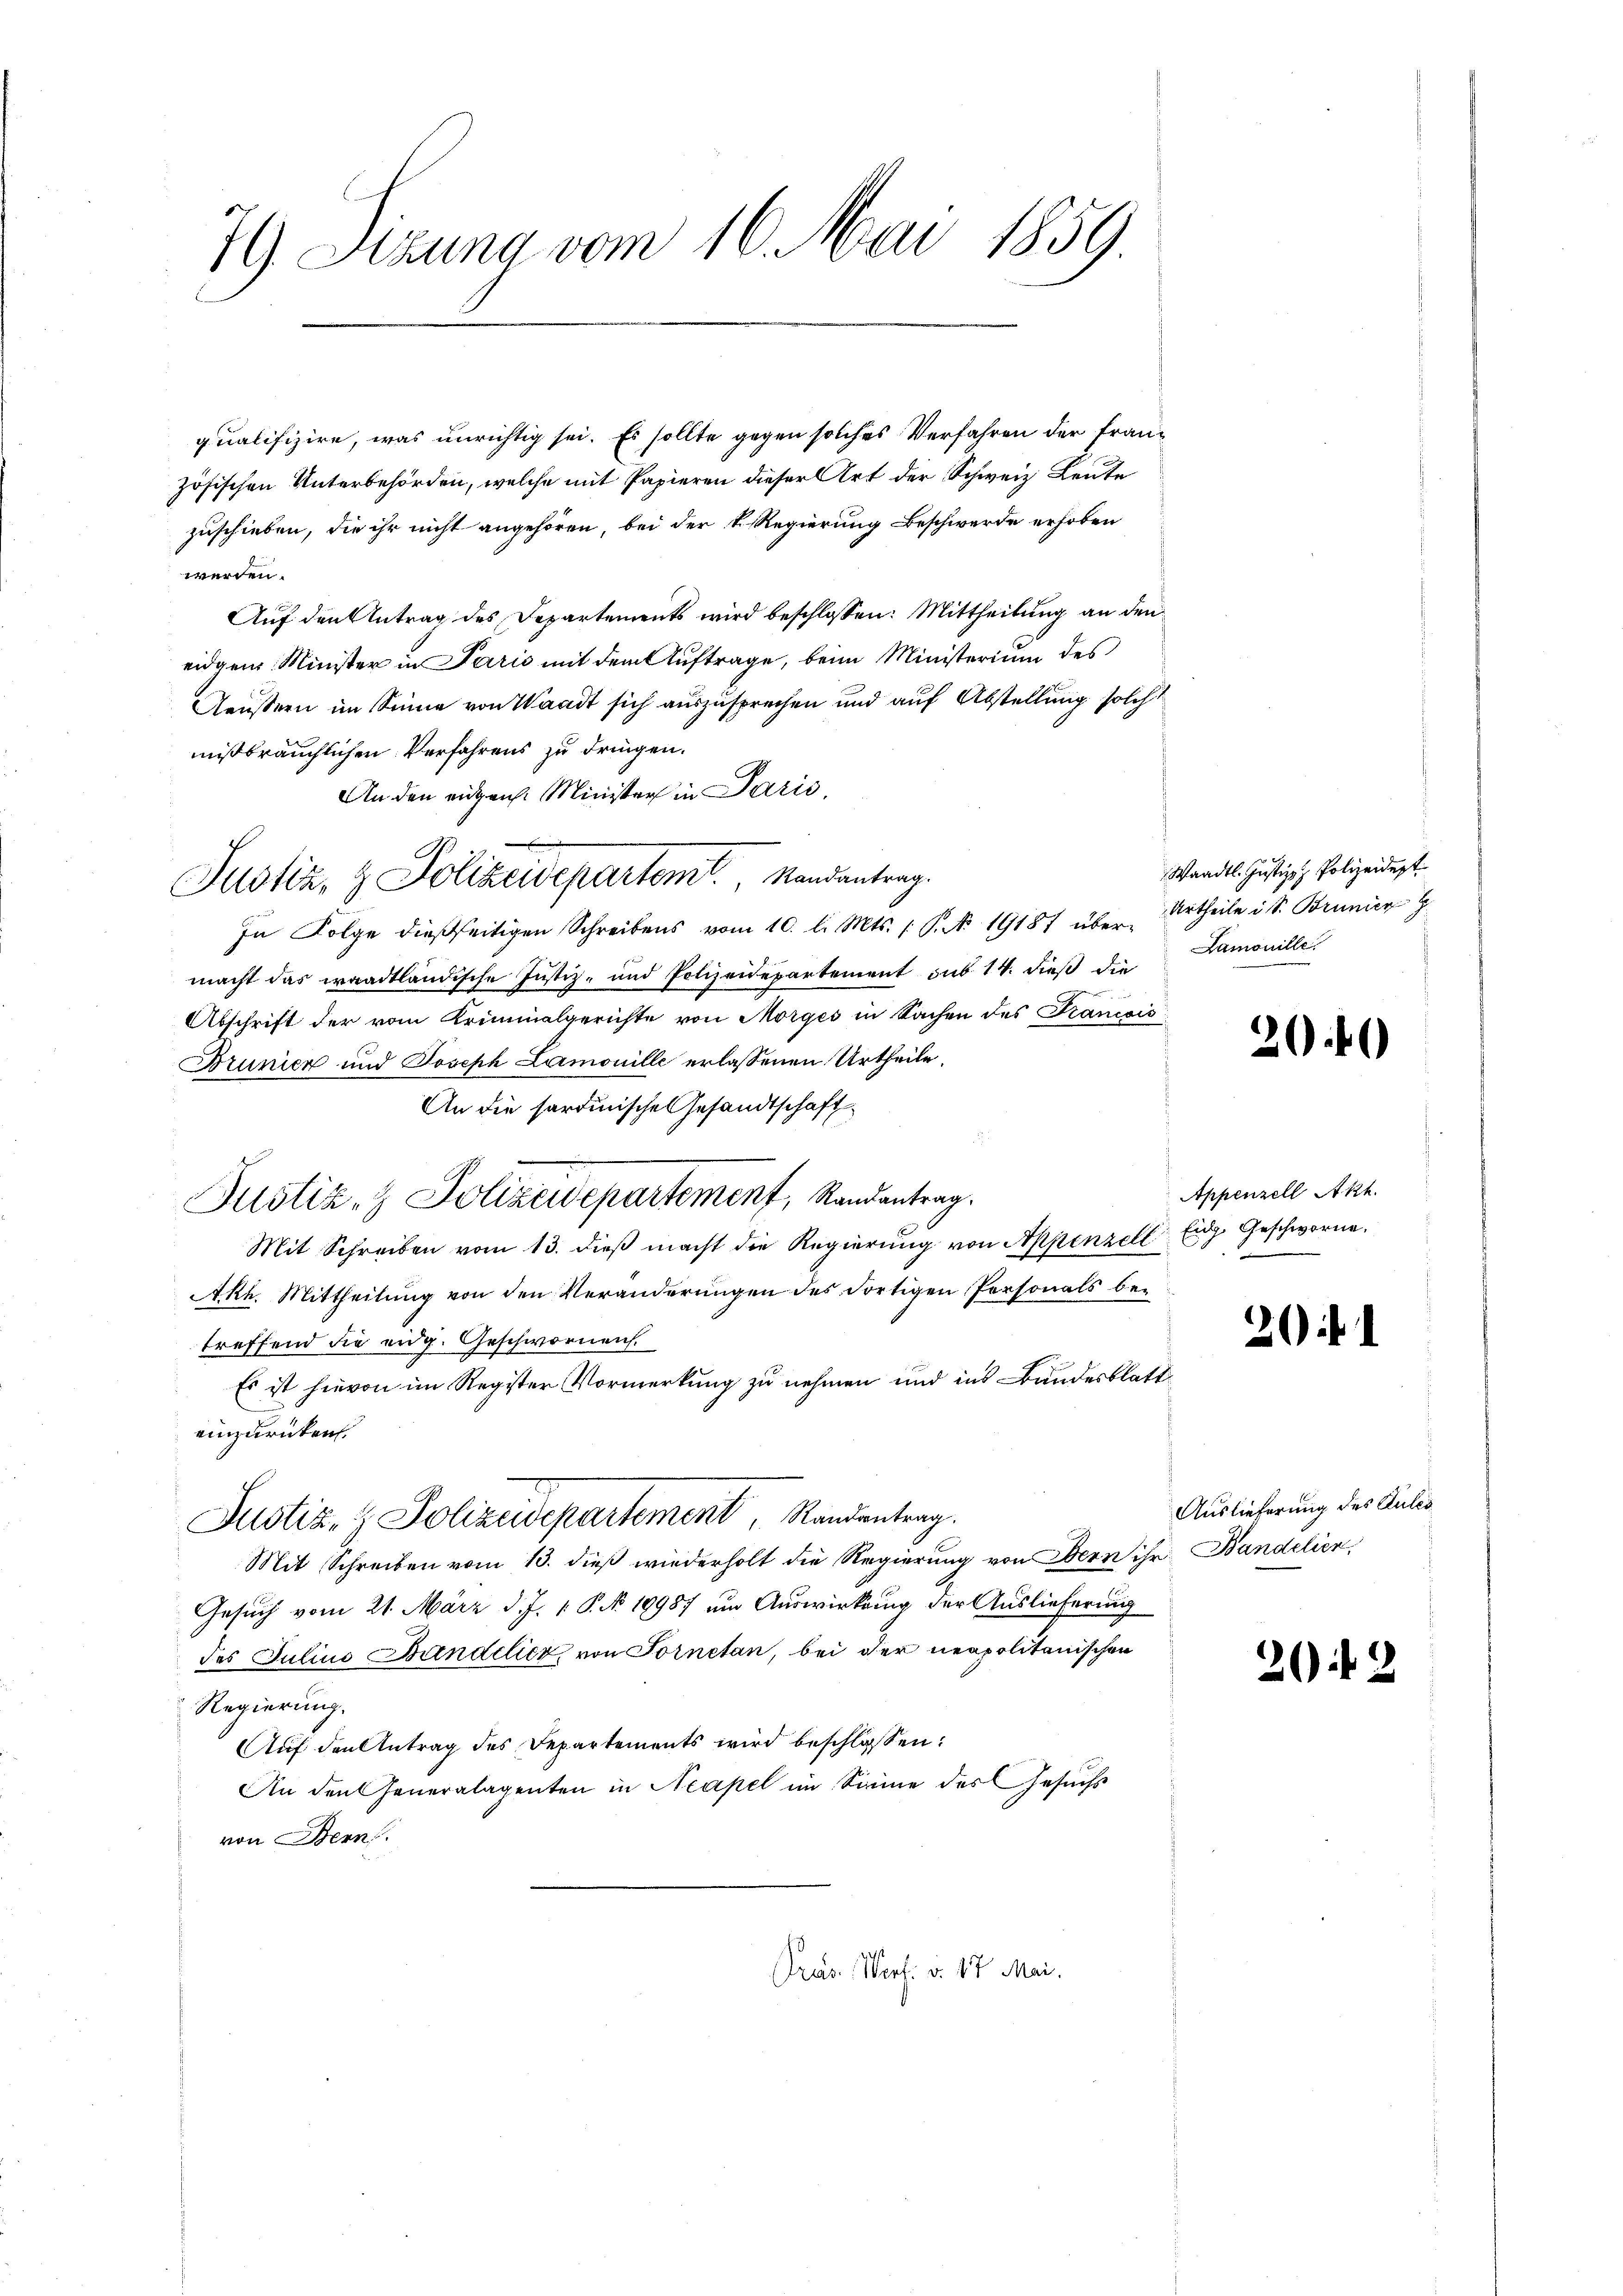
79 Sizung vom 16. Mai 1859.

qualifizire, was unrichtig sei. Es sollte gegen solches Verfahren der Frauzösischen Unterbehörden, welche mit Papieren dieser Art der Schweiz. Leute
zuschieben, die ihr nicht angehören, bei der K. Regierung Beschwerde erhoben
werden.
Auf den Antrag des Departements wird beschlossen: Mittheilung an den
eidgen. Minister in Paris mit dem Auftrage, beim Ministerium des
Aeußern im Sinne von Waadt sich auszusprechen und auf Abstellung solch
mißbräuchlichen Verfahrens zu dringen.
An den eidgen. Minister in Parić,
In Folge dießseitigen Schreibens vom 10. l. Mts. 1. P. Nr. 19187 über Urtheile ist. Brunier G
macht das waadtländische Justiz- und Polizeidepartement sub 14. dieß die
Abschrift der vom Kriminalgerichte von Morges in Sachen des Francois
Brunier und Joseph Lamouille erlassenen Urtheile,
An die sardinische Gesandtschaft,
Mit Schreiben vom 13. dieβ macht die Regierŭng von Appenzell Eidg. Geschworne
Akh. Mittheilŭng von den Veränderŭngen des dortigen Personals be-
treffend die eidg. Geschwornen.
Es ist hievon im Register Vormerkung zu nehmen und ins Bandesblatt
einzurücken.
Justiz- & Polizeidepartement, Randantrag.
Mit Schreiben vom 13. dieß wiederholt die Regierung von Obern ihr Bandelier,
Gesuch vom 21. März d. J. 1 P. N 19987 um Auswirkung der Auslieferung
des Juline Bundelich von Fornetan, bei der neapolitanischen
Regierung.
Auf den Antrag des Departements wird beschlossen:
An den Generalagenten in Neapel im Sinne des Gesuchs
von Bern.
Pras Verf. v. 17 Mai.

A
Justiz & Polizeidepartem Mandantrag.

Justiz- & Polizeidepartement, Randantrag.

Waadt. Justiz- & Polizeidet.
Lamonille

20

Appenzell Akt

2

Auslieferung des Gutes

2

.